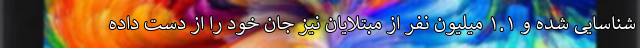
شناسایی شده و ۱.۱ میلیون نفر از مبتلایان نیز جان خود را از دست داده